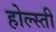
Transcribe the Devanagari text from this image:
होल्स्ती